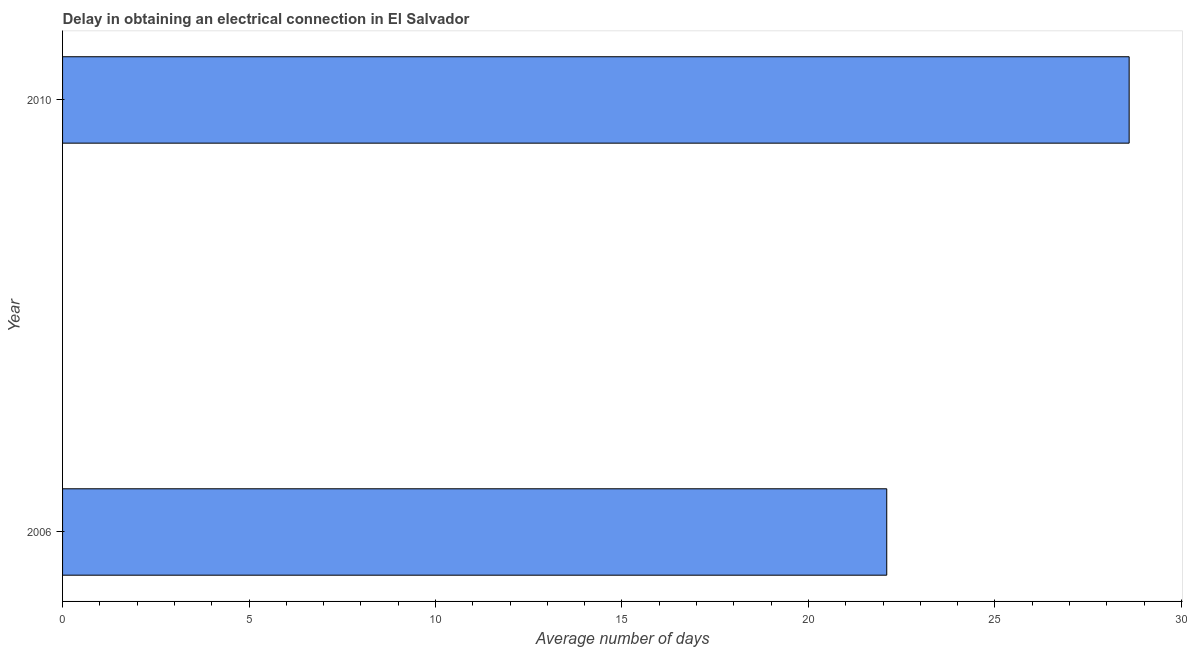
| Year | Dalay in Electrical connection |
 | --- | --- |
 | 2006 | 22.1 |
 | 2010 | 28.6 |